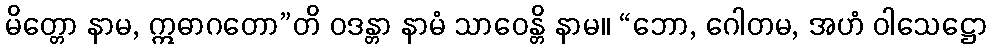
မိတ္တော နာမ, ဣဓာဂတော”တိ ဝဒန္တာ နာမံ သာဝေန္တိ နာမ။ “ဘော, ဂေါတမ, အဟံ ဝါသေဋ္ဌော